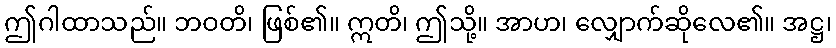
ဤဂါထာသည်။ ဘဝတိ၊ ဖြစ်၏။ ဣတိ၊ ဤသို့။ အာဟ၊ လျှောက်ဆိုလေ၏။ အဋ္ဌ၊